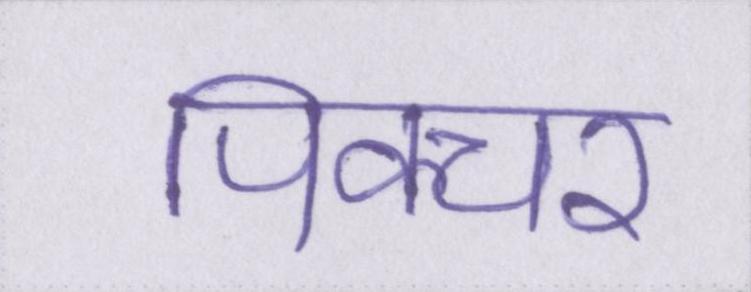
पिक्चर